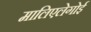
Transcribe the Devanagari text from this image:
मालिएलेगोई